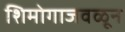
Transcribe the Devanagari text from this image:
शिमोगाजवळून